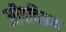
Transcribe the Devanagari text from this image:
जीवविक्रय